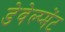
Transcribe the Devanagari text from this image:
डेवेल्प्मेंट